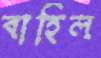
বাহিল